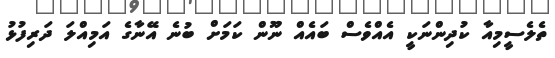
ތެލެސީމިއާ ކުދިންނަކީ އެއްވެސް ބައެއް ނޫން ކަމަށް ބުނެ އޭނާގެ އަމިއްލަ ދަރިފުޅު